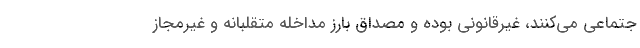
جتماعی می‌کنند، غیرقانونی بوده و مصداق بارز مداخله متقلبانه و غیرمجاز